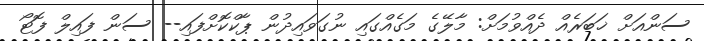
ސަންއަށް ޚަބަރެއް ދެއްވުމަށް: މާލޭގެ މަގެއްގައި ނުގަވައިދުން ޕާކްކޮށްފައި-- ސަން ފައިލް ފޮޓޯ